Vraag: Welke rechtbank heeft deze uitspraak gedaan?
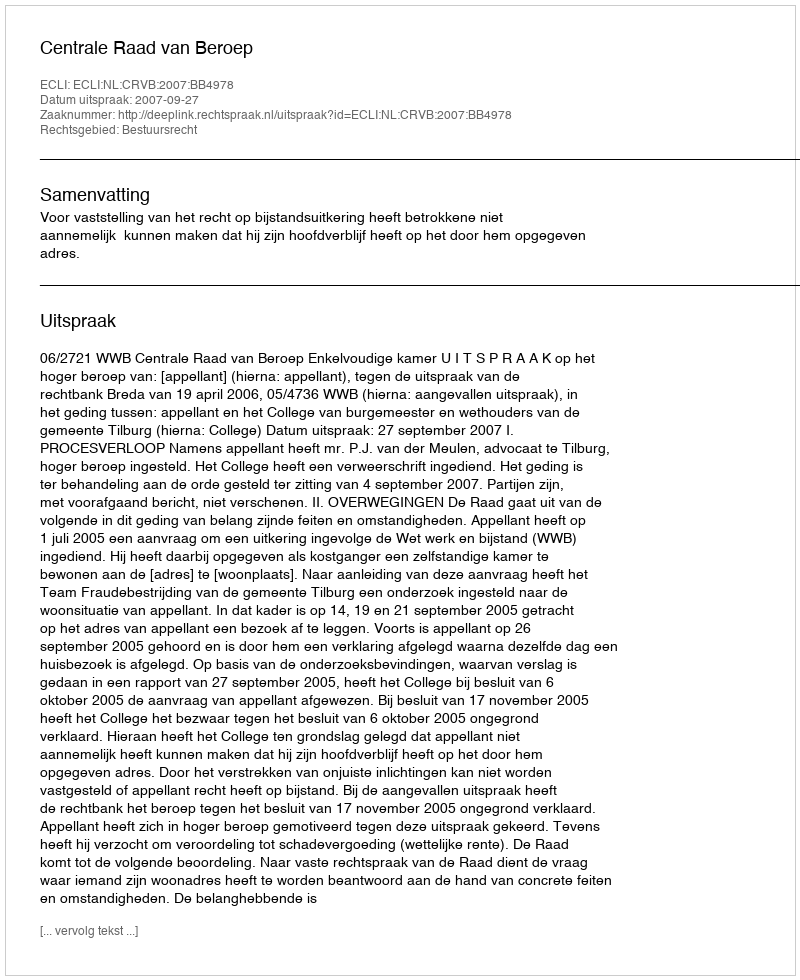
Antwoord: Centrale Raad van Beroep